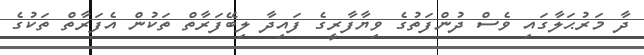
ދާ މަރުޙަލާގައި ވެސް ދުންފަތުގެ ވިޔާފާރީގެ ފައިދާ ލިބޭފަރާތް ތަކުން އެފަރާތް ތަކުގެ